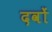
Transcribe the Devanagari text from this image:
दवों